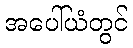
အပေါ်ယံတွင်